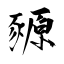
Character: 豲